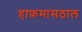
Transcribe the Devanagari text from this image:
हाफ़मासठाल